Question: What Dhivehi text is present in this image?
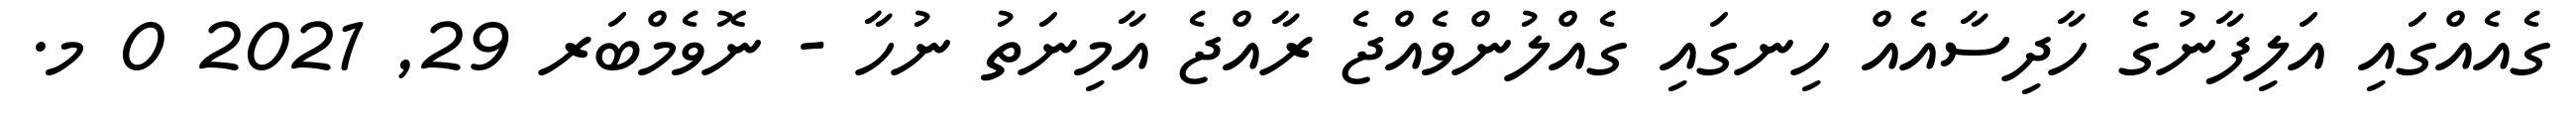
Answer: ގެއެއްގައި އަލިފާނުގެ ހާދިސާއެއް ހިނގައި ގެއްލުންވެއްޖެ ރާއްޖެ އާމިނަތު ނުހާ - ނޮވެމްބަރ 29, 2021 0 މ.